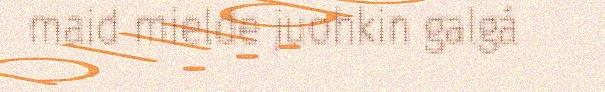
maid mielde juohkin galgá